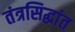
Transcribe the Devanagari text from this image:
तंत्रसिद्धांत